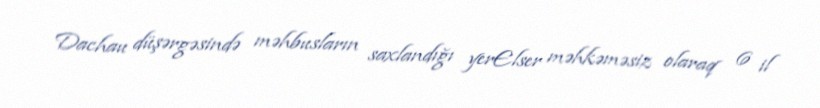
Dachau düşərgəsində məhbusların saxlandığı yerElser məhkəməsiz olaraq 6 il